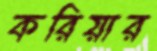
করিয়ার